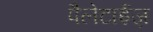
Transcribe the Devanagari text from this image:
पैलेटाईज़